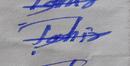
Signature authenticity: forged